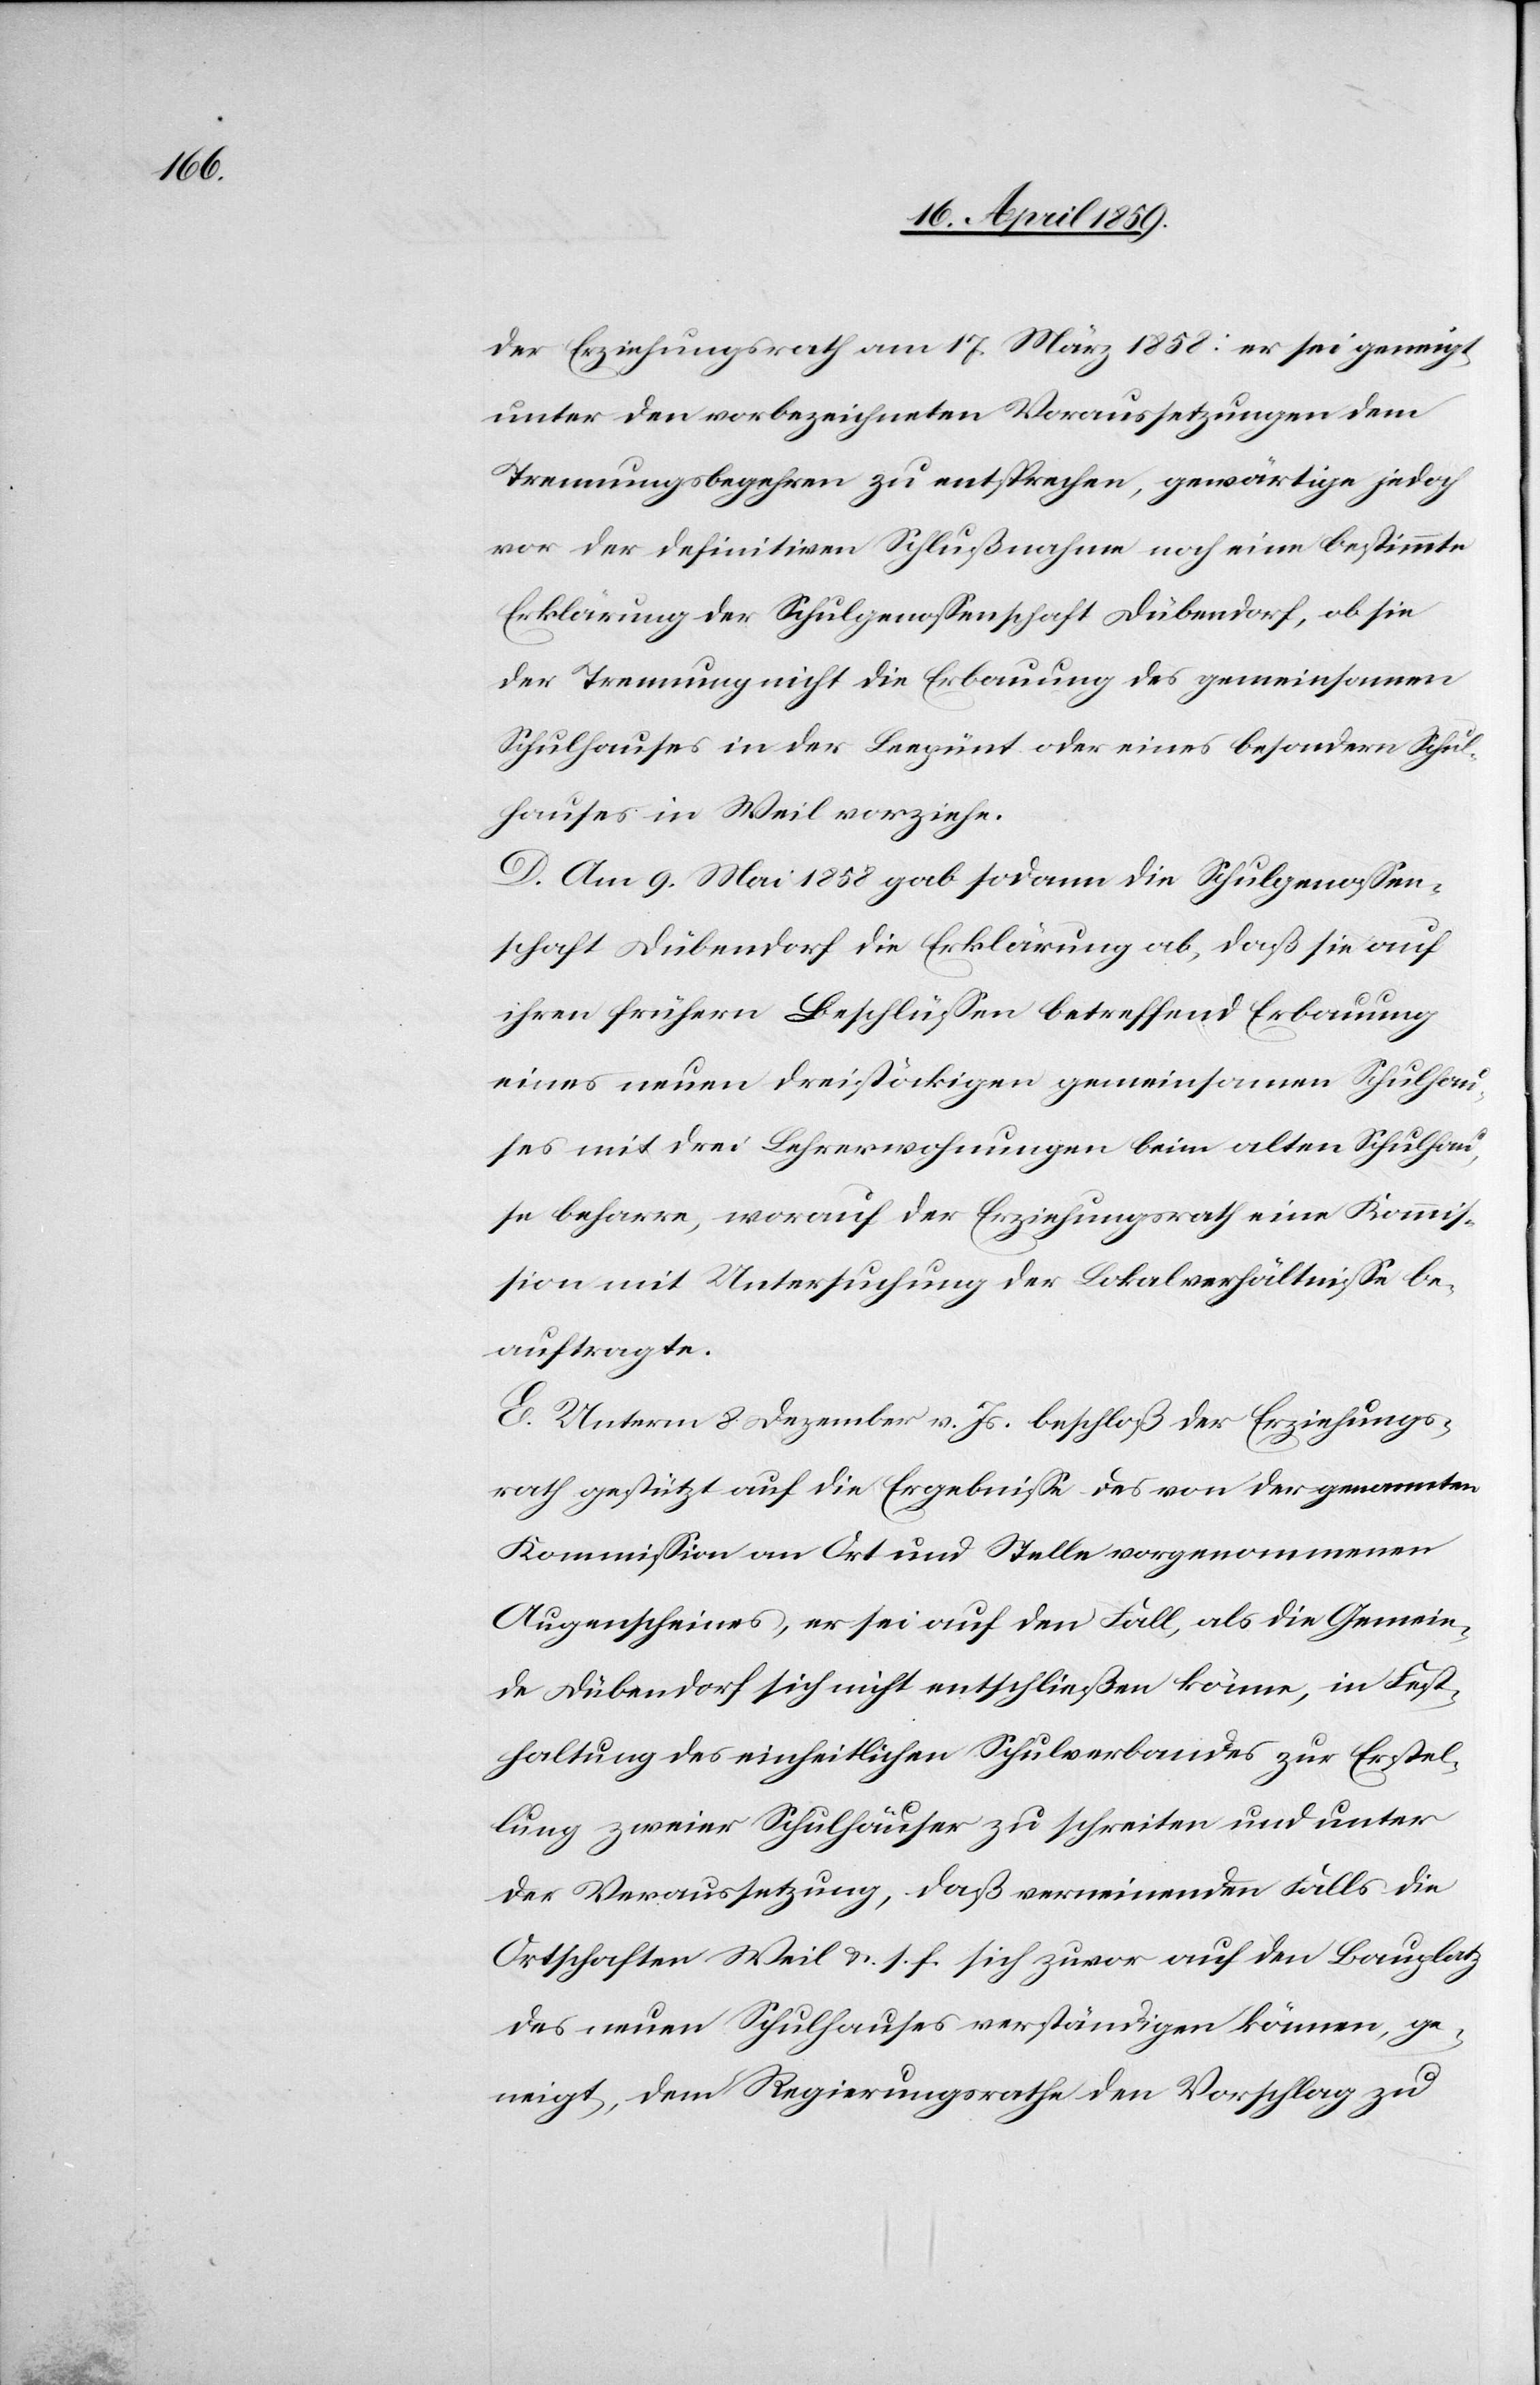
der Erziehungsrath am 17. März 1858: er sei geneigt,
unter den vorbezeichneten Voraussetzungen dem
Trennungsbegehren zu entsprechen, gewärtige jedoch
vor der definitiven Schlußnahme noch eine bestimmte
Erklärung der Schulgenoßenschaft Dübendorf, ob sie
der Trennung nicht die Erbauung des gemeinsamen
Schulhauses in der Leepünt oder eines besondern Schul¬
hauses in Weil vorziehe.
D. Am 9. Mai 1858 gab sodann die Schulgenoßen¬
schaft Dübendorf die Erklärung ab, daß sie auf
ihren frühern Beschlüßen betreffend Erbauung
eines neuen dreistöckigen gemeinsamen Schulhau¬
ses mit drei Lehrerwohnungen beim alten Schulhau¬
se beharre, worauf der Erziehungsrath eine Kommis¬
sion mit Untersuchung der Lokalverhältniße be¬
auftragte.
E. Unterm 8. Dezember v. Js. beschloß der Erziehungs¬
rath gestützt auf die Ergebniße des von der genannten
Kommißion an Ort und Stelle vorgenommenen
Augenscheines, er sei auf den Fall, als die Gemein¬
de Dübendorf sich nicht entschließen könne, in Fest¬
haltung des einheitlichen Schulverbandes zur Erstel¬
lung zweier Schulhäuser zu schreiten und unter
der Voraussetzung, daß verneinenden Falls die
Ortschaften Weil u. s. f. sich zwar auf den Bauplatz
des neuen Schulhauses verständigen können, ge¬
neigt, dem Regierungsrathe den Vorschlag zu